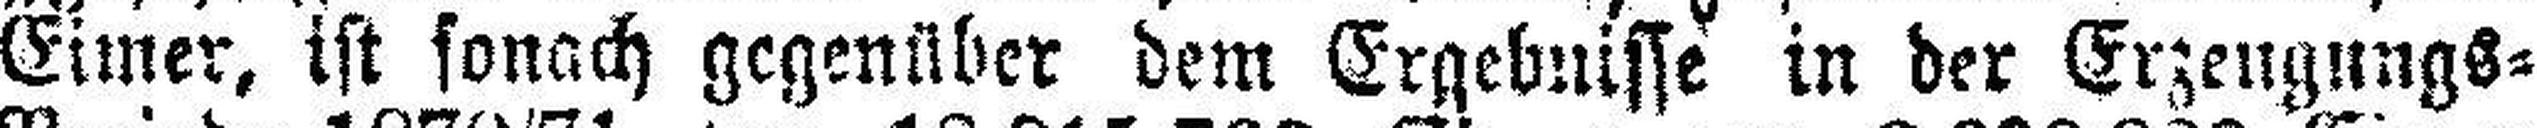
Eimer, ist sonach gegenüber dem Ergebnisse in der Erzeugungs=